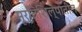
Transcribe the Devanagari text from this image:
मूर्तिशिल्पातील